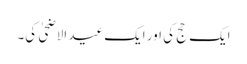
ایک حج کی اور ایک عید الاضحیٰ کی۔